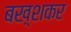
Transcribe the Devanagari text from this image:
बख़्शकर